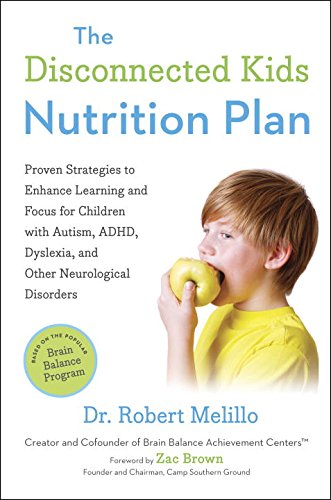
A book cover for The Disconnected Kids Nutrition Plan: Proven Strategies to Enhance Learning and Focus for Children with Autism, ADHD, Dyslexia, and Other Neurological Disorders; Dr. Robert Melillo; Health, Fitness & Dieting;